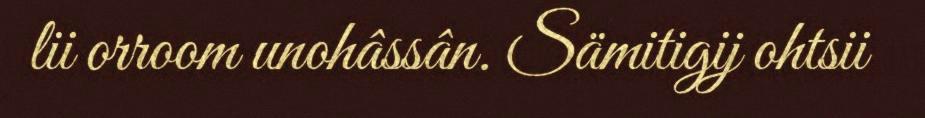
lii orroom unohâssân. Sämitigij ohtsii